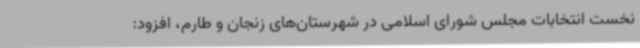
نخست انتخابات مجلس شورای اسلامی در شهرستان‌های زنجان و طارم، افزود: